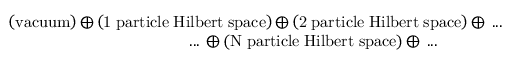
\begin{array} { r } { \left( \mathrm { v a c u u m } \right) \bigoplus \left( \mathrm { 1 \; p a r t i c l e \; H i l b e r t \; s p a c e } \right) \bigoplus \left( \mathrm { 2 \; p a r t i c l e \; H i l b e r t \; s p a c e } \right) \bigoplus \; . . . } \\ { . . . \; \bigoplus \left( \mathrm { N \; p a r t i c l e \; H i l b e r t \; s p a c e } \right) \bigoplus \; . . . \qquad \qquad } \end{array}